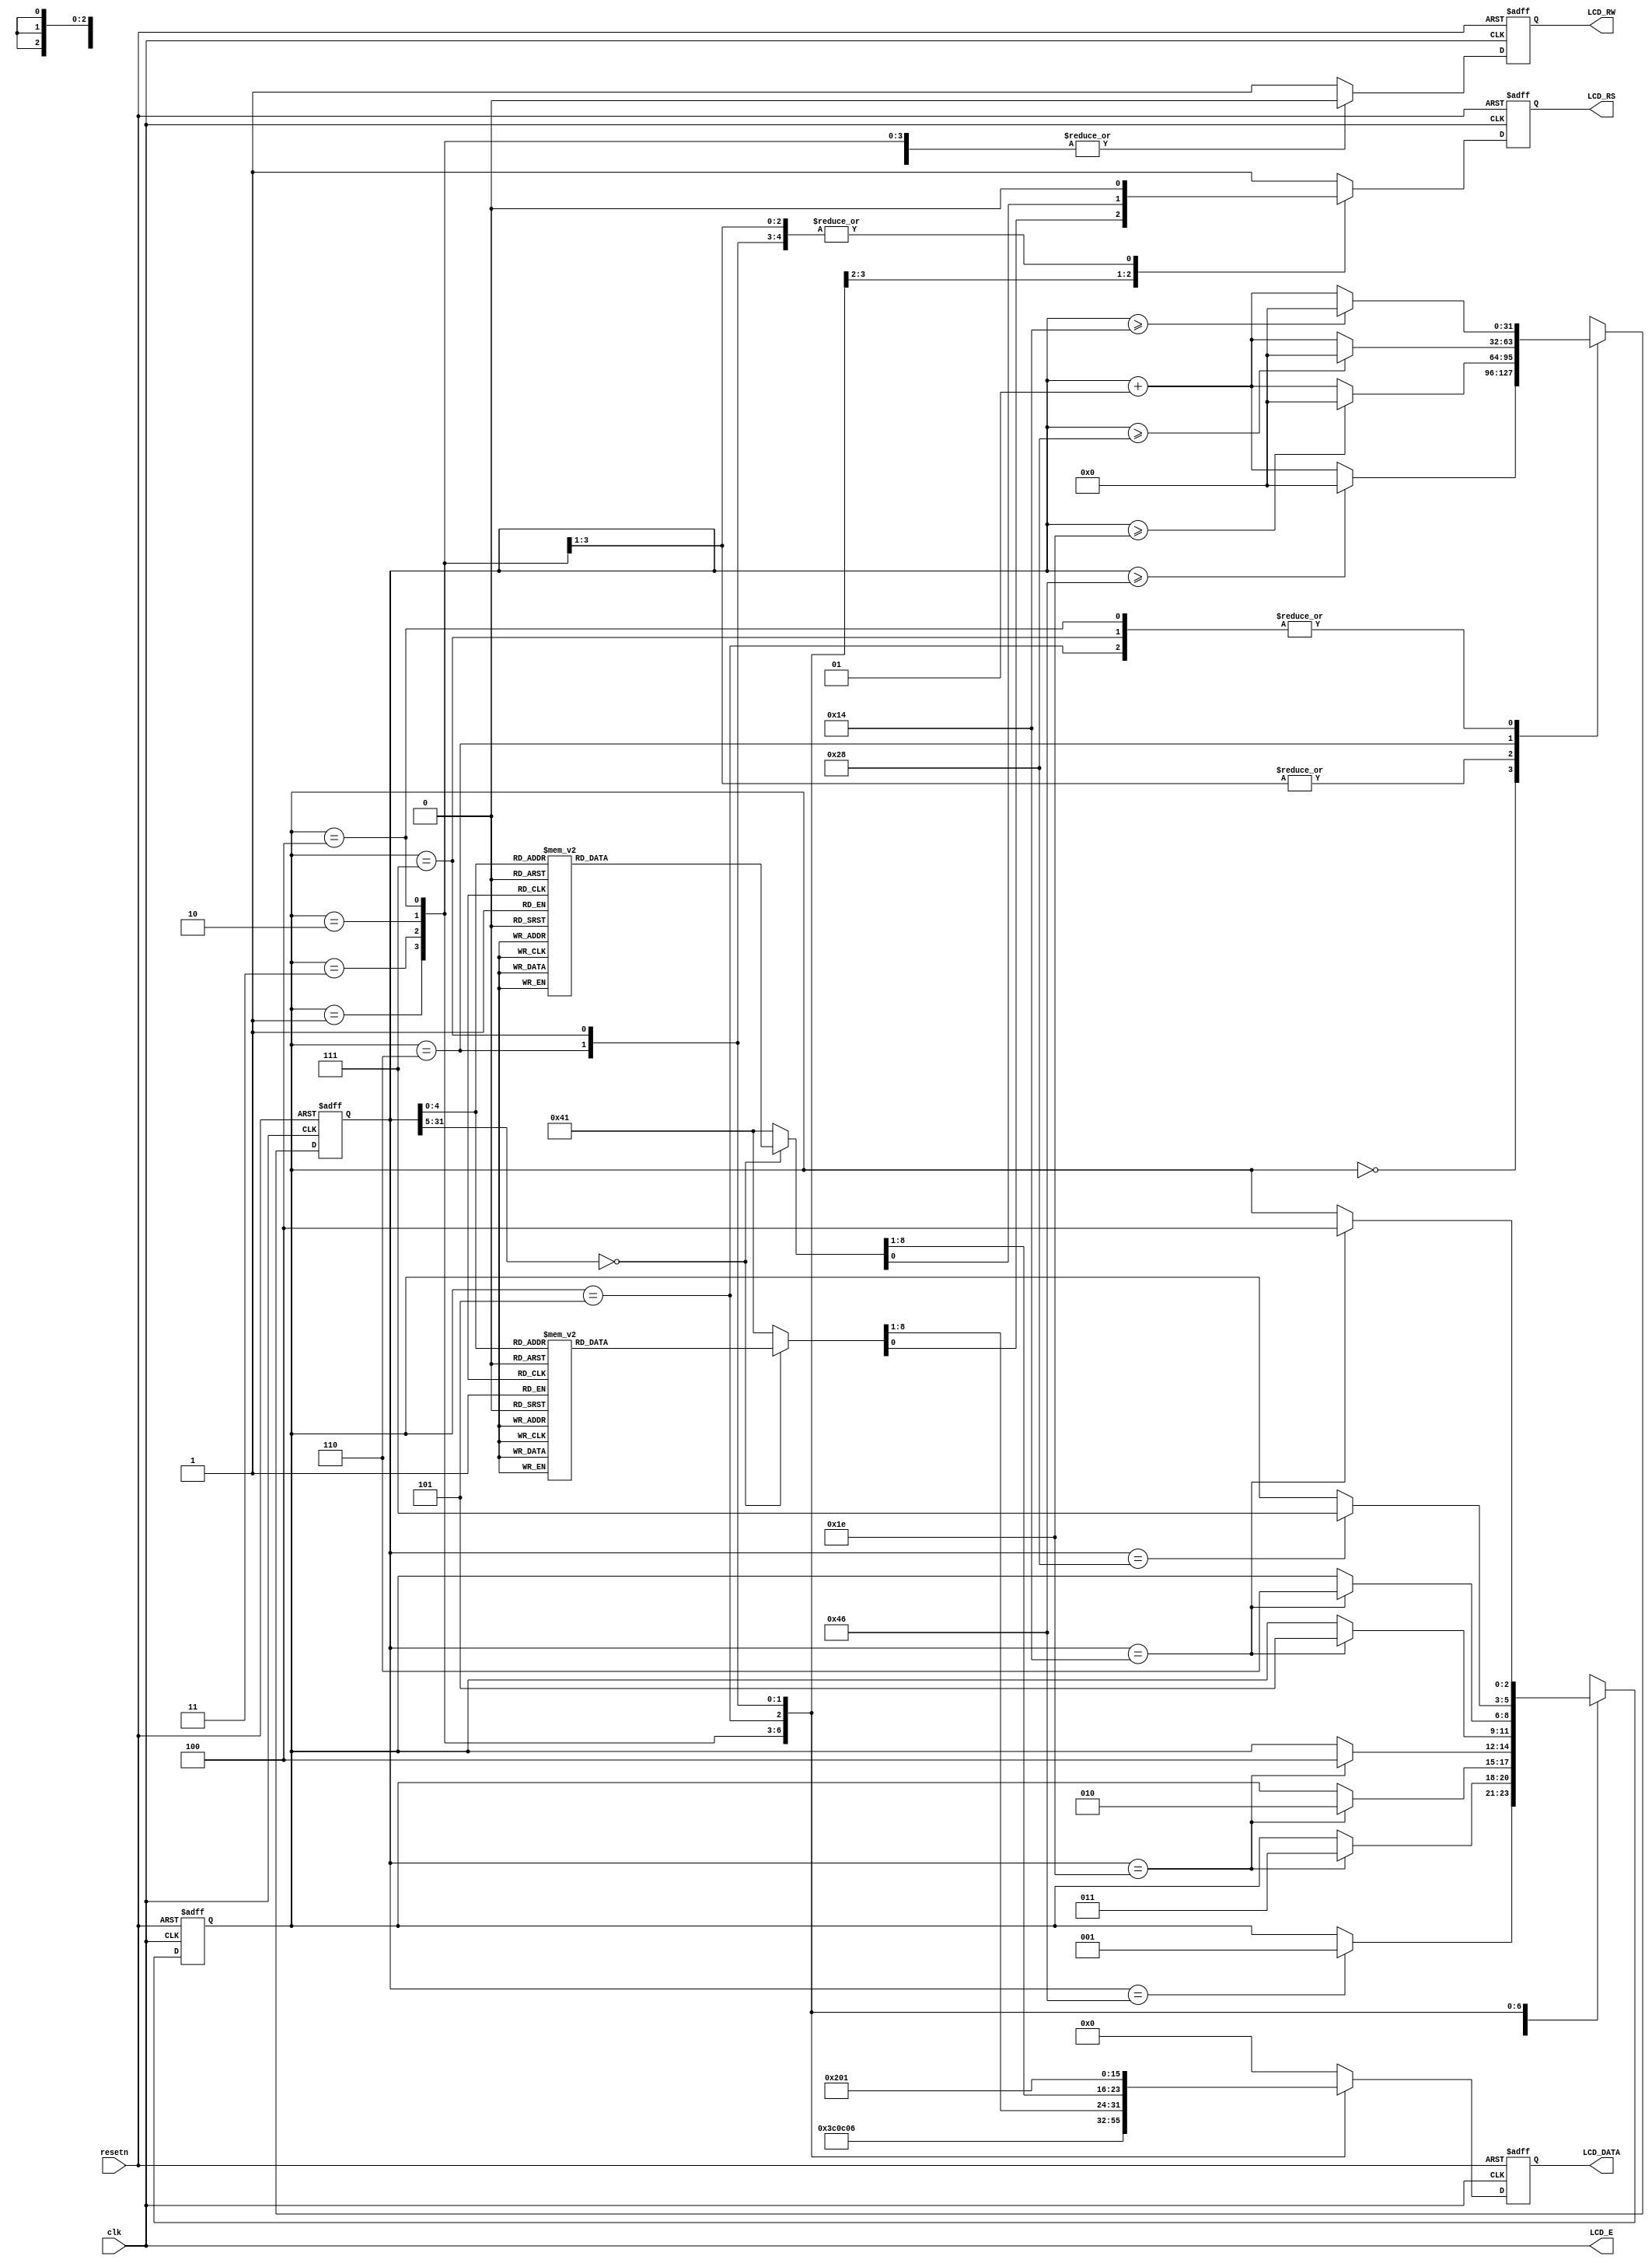
module textlcd1(resetn,clk,LCD_E,LCD_RS,LCD_RW,LCD_DATA);

input resetn,clk;
output LCD_E,LCD_RS,LCD_RW;
output [7:0]LCD_DATA;

wire LCD_E;
reg LCD_RS,LCD_RW;
reg [7:0] LCD_DATA;
reg [2:0] state;

parameter   delay          =3'b000, 
            function_set   =3'b001,
            entry_mode     =3'b010,
            disp_onoff     =3'b011,
            line1          =3'b100,  
            line2          =3'b101,
            delay_t        =3'b110,
            clear_disp     =3'b111;

integer CNT;

always @(posedge resetn or posedge clk)
begin
   if(resetn) state = delay;
   else begin   
      case(state)
         delay:            if(CNT==70)    state = function_set;
         function_set:     if(CNT==30)    state = disp_onoff;
         disp_onoff:       if(CNT==30)    state = entry_mode;
         entry_mode:       if(CNT==30)    state = line1;
         line1:            if(CNT==20)    state = line2;
         line2:            if(CNT==20)    state = delay_t;
         delay_t:          if(CNT==40)   state = clear_disp;
         clear_disp:       if(CNT==20)   state = line1;
         default:                         state = delay;
      endcase
   end
end


always @(posedge resetn or posedge clk)
begin
   if(resetn) CNT=0;
   else
      begin   
         case(state)
            delay:          if(CNT>=70)CNT=0;
                           else CNT=CNT+1;
            function_set:    if(CNT>=30)CNT=0;
                           else CNT=CNT+1;
            disp_onoff:      if(CNT>=30)CNT=0;
                           else CNT=CNT+1;
            entry_mode:      if(CNT>=30)CNT=0;
                           else CNT=CNT+1;
            line1:         if(CNT>=20)CNT=0;
                           else CNT=CNT+1;
            line2:         if(CNT>=20)CNT=0;
                           else CNT=CNT+1;
            delay_t:         if(CNT>=40)CNT=0;
                           else CNT=CNT+1;
            clear_disp:    if(CNT>=20)CNT=0;
                           else CNT=CNT+1;
            default:         CNT=0;
         endcase
      end
end




always @(posedge resetn or posedge clk)
begin
   if(resetn) begin
      LCD_RS=1'b1;
      LCD_RW=1'b1;
      LCD_DATA=8'b00000000;
   end
   else
      begin   
         case(state)
            function_set:    begin
                              LCD_RS=1'b0;
                              LCD_RW=1'b0;
                              LCD_DATA=8'b00111100;
                           end
            disp_onoff:      begin
                              LCD_RS=1'b0;
                              LCD_RW=1'b0;
                              LCD_DATA=8'b00001100;
                           end
            entry_mode:      begin
                              LCD_RS=1'b0;
                              LCD_RW=1'b0;
                              LCD_DATA=8'b00000110;
                           end
            line1:         begin
                              LCD_RW=1'b0;
                              case(CNT)
                                 0:begin
                                    LCD_RS=1'b0;LCD_DATA=8'b10000000;//address
                                 end
                                 1:begin
                                    LCD_RS=1'b1;LCD_DATA=8'b01010000;//address
                                    //p
                                 end
                                 2:begin
                                    LCD_RS=1'b1;LCD_DATA=8'b01010010;//address
                                    //r
                                 end
                                 3:begin
                                    LCD_RS=1'b1;LCD_DATA=8'b01000101;//address
                                    //e
                                 end
                                 4:begin
                                    LCD_RS=1'b1;LCD_DATA=8'b01010011;//address
                                    //s
                                 end
                                 5:begin
                                    LCD_RS=1'b1;LCD_DATA=8'b01010011;//address
                                    //s
                                 end
                                 6:begin
                                    LCD_RS=1'b1;LCD_DATA=8'b00100000;//address
                                    //
                                 end
                                 7:begin
                                    LCD_RS=1'b1;LCD_DATA=8'b01010011;//address
                                    //s
                                 end
                                 8:begin
                                    LCD_RS=1'b1; LCD_DATA=8'b01010100;
                                    //t
                                 end
                                 9:begin
                                    LCD_RS=1'b1; LCD_DATA=8'b01000001;
                                    //a
                                 end
                                 10:begin
                                    LCD_RS=1'b1;LCD_DATA=8'b01010010;
                                    //r
                                 end
                                 11:begin
                                    LCD_RS=1'b1;LCD_DATA=8'b01010100;
                                    //t
                                 end
                                 12:begin
                                    LCD_RS=1'b1;LCD_DATA=8'b00100000;
                                    //
                                 end
                                 13:begin
                                    LCD_RS=1'b1;LCD_DATA=8'b00100000;
                                    //
                                 end
                                 14:begin
                                    LCD_RS=1'b1;LCD_DATA=8'b00100000;
                                    //
                                 end
                                 15:begin
                                    LCD_RS=1'b1;LCD_DATA=8'b00100000;
                                    //
                                 end
                                 16:begin
                                    LCD_RS=1'b1;LCD_DATA=8'b00100000;
                                    //
                                 end
                                 default:begin
                                    LCD_RS=1'b1;LCD_DATA=8'b00100000;//
                                 end
                              endcase
                           end
            line2:         begin
                              LCD_RW=1'b0;
                              case(CNT)
                                 0:begin
                                    LCD_RS=1'b0;LCD_DATA=8'b11000000;//address
                                 end
                                 1:begin
                                    LCD_RS=1'b1;LCD_DATA=8'b00100000;//address
                                    //
                                 end
                                 2:begin
                                    LCD_RS=1'b1;LCD_DATA=8'b00100000;//address
                                    //
                                 end
                                 3:begin
                                    LCD_RS=1'b1;LCD_DATA=8'b00100000;//address
                                    //
                                 end
                                 4:begin
                                    LCD_RS=1'b1;LCD_DATA=8'b00100000;//address
                                    //
                                 end
                                 5:begin
                                    LCD_RS=1'b1;LCD_DATA=8'b00100000;//address
                                    //
                                 end
                                 6:begin
                                    LCD_RS=1'b1;LCD_DATA=8'b00100000;//address
                                    //
                                 end
                                 7:begin
                                    LCD_RS=1'b1;LCD_DATA=8'b00100000;//address
                                    //
                                 end
                                 8:begin
                                    LCD_RS=1'b1;LCD_DATA=8'b00100000;//address
                                    //
                                 end
                                 9:begin
                                    LCD_RS=1'b1;LCD_DATA=8'b00100000;//address
                                    //
                                 end
                                 10:begin
                                    LCD_RS=1'b1;LCD_DATA=8'b00100000;//address
                                    //
                                 end
                                 11:begin
                                    LCD_RS=1'b1;LCD_DATA=8'b00100000;
                                    //
                                 end
                                 12:begin
                                    LCD_RS=1'b1;LCD_DATA=8'b00100000;
                                    //
                                 end
                                 13:begin
                                    LCD_RS=1'b1;LCD_DATA=8'b00100000;
                                    // 
                                 end
                                 14:begin
                                    LCD_RS=1'b1;LCD_DATA=8'b00100000;
                                    // 
                                 end
                                 15:begin
                                    LCD_RS=1'b1;LCD_DATA=8'b00100000;
                                    // 
                                 end
                                 16:begin
                                    LCD_RS=1'b1;LCD_DATA=8'b00100000;
                                    // 
                                 end
                                 default:begin
                                    LCD_RS=1'b1;LCD_DATA=8'b00100000;//
                                 end
                              endcase
                           end
            delay_t:         begin
                              LCD_RS=1'b0;
                              LCD_RW=1'b0;
                              LCD_DATA=8'b00000010;
                           end
            clear_disp:    begin
                              LCD_RS=1'b0;
                              LCD_RW=1'b0;
                              LCD_DATA=8'b00000001;
                           end
            default:         begin
                              LCD_RS=1'b1;
                              LCD_RW=1'b1;
                              LCD_DATA=8'b00000000;
                           end
         endcase
      end
end

assign LCD_E=clk;

endmodule